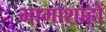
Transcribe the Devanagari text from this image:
भामाशाहों